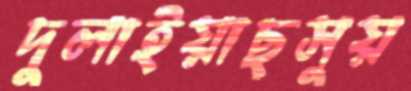
দুলাইয়াছসুয়